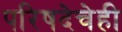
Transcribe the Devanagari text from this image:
परिषदेचेही